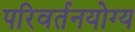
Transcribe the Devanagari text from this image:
परिवर्तनयोग्य